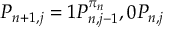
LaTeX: P _ { n + 1 , j } = 1 P _ { n , j - 1 } ^ { \pi _ { n } } , 0 P _ { n , j }